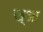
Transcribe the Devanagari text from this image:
ख्आ